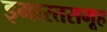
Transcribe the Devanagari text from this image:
इमारतसमूह